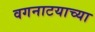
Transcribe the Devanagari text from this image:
वगनाटयाच्या